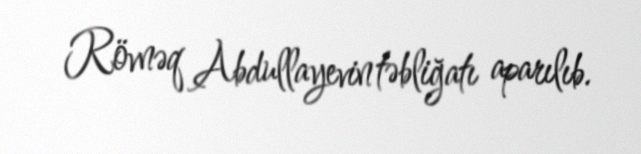
Rövnəq Abdullayevin təbliğatı aparılıb.